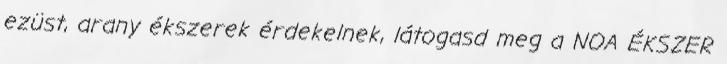
ezüst, arany ékszerek érdekelnek, látogasd meg a NOA ÉKSZER